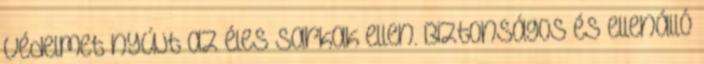
védelmet nyújt az éles sarkak ellen. Biztonságos és ellenálló